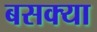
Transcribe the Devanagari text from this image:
बसक्या